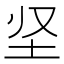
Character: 𡉢